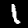
Digit: 1